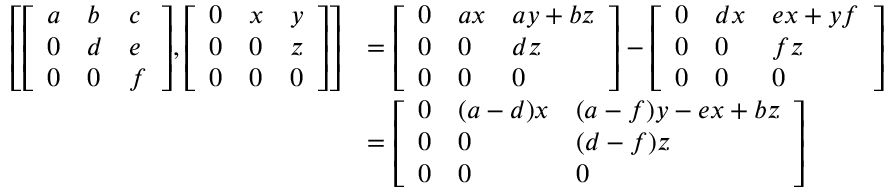
{ \begin{array} { r l } { \left[ { \left[ \begin{array} { l l l } { a } & { b } & { c } \\ { 0 } & { d } & { e } \\ { 0 } & { 0 } & { f } \end{array} \right] } , { \left[ \begin{array} { l l l } { 0 } & { x } & { y } \\ { 0 } & { 0 } & { z } \\ { 0 } & { 0 } & { 0 } \end{array} \right] } \right] } & { = { \left[ \begin{array} { l l l } { 0 } & { a x } & { a y + b z } \\ { 0 } & { 0 } & { d z } \\ { 0 } & { 0 } & { 0 } \end{array} \right] } - { \left[ \begin{array} { l l l } { 0 } & { d x } & { e x + y f } \\ { 0 } & { 0 } & { f z } \\ { 0 } & { 0 } & { 0 } \end{array} \right] } } \\ & { = { \left[ \begin{array} { l l l } { 0 } & { ( a - d ) x } & { ( a - f ) y - e x + b z } \\ { 0 } & { 0 } & { ( d - f ) z } \\ { 0 } & { 0 } & { 0 } \end{array} \right] } } \end{array} }